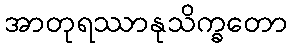
အာတုရဿာနုသိက္ခတော